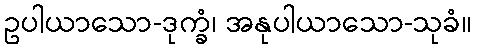
ဥပါယာသော-ဒုက္ခံ၊ အနုပါယာသော-သုခံ။